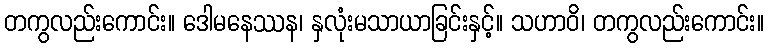
တကွလည်းကောင်း။ ဒေါမနေဿန၊ နှလုံးမသာယာခြင်းနှင့်။ သဟာဝိ၊ တကွလည်းကောင်း။